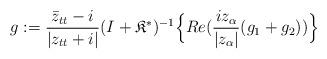
LaTeX: \begin{align*}g:=\frac{\bar{z}_{tt}-i}{|z_{tt}+i|}(I+\mathfrak{K}^{\ast})^{-1}\Big\{Re(\frac{iz_{\alpha}}{|z_{\alpha}|}(g_1+g_2))\Big\}\end{align*}